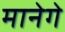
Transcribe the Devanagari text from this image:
मानेगे